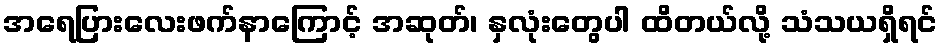
အရေပြားလေးဖက်နာကြောင့် အဆုတ်၊ နှလုံးတွေပါ ထိတယ်လို့ သံသယရှိရင်